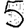
Digit: 5